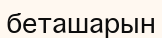
беташарын